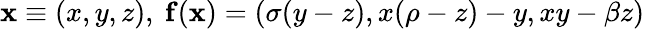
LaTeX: \mathbf{x}\equiv(x,y,z),\ \mathbf{f}(\mathbf{x})=(\sigma(y-z),x(\rho-z)-y,xy-\beta z)